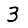
Digit: 3